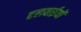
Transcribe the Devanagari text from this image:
हलवाईयों